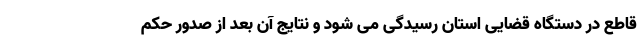
قاطع در دستگاه قضایی استان رسیدگی می شود و نتایج آن بعد از صدور حکم